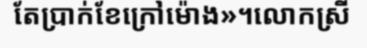
តែប្រាក់ខែក្រៅម៉ោង»។លោកស្រី